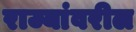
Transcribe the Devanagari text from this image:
राज्यांवरील